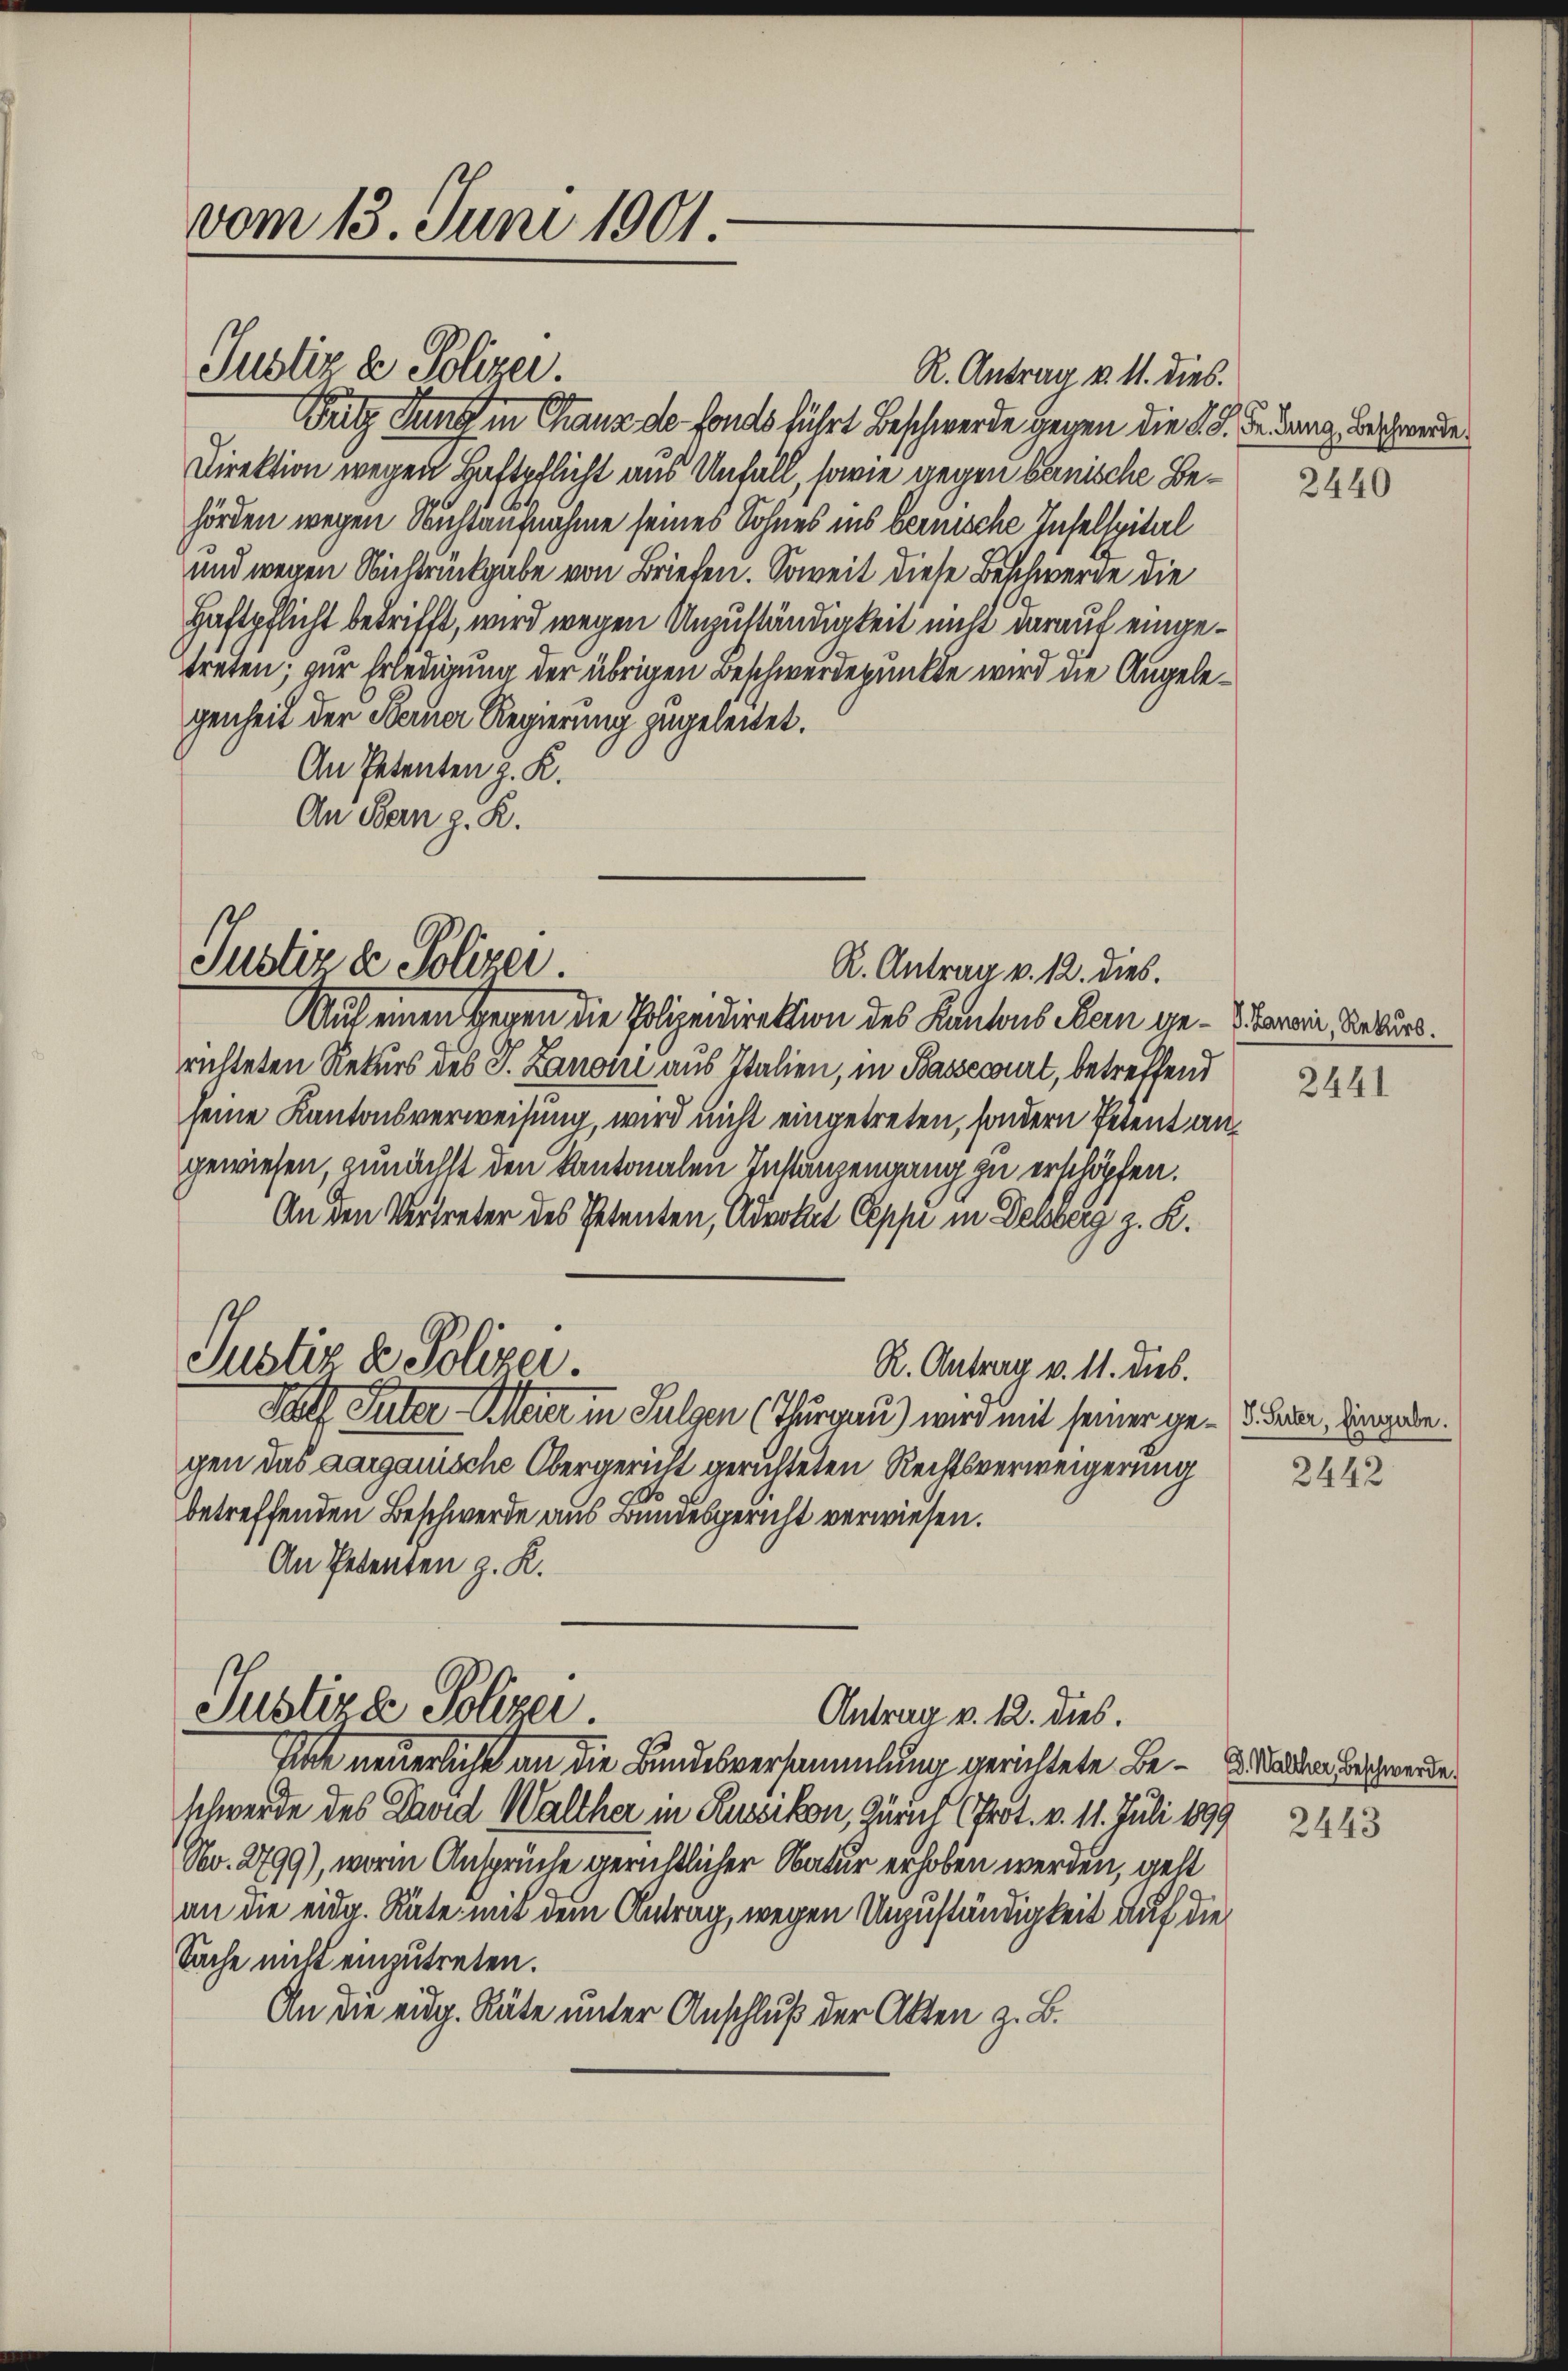
vom 13. Juni 1901.

Justiz & Polizei.

Putz Jung in Chaux de fonds führt Beschwerde gegen die K. G. de lang Beschwerde
Direktion wegen Haftpflicht aus Unfall, sowie gegen benische Behörden wegen Nichtaufnahme seines Sohnes ins bernische Inselspital
und wegen Nichrückgabe von Briefen. Soweit diese Beschwerde die
Haftpflicht betrifft, wird wegen Unzuständigkeit nicht darauf einge¬
Treten; zur Erledigung der übrigen Beschwerdepunkte wird die Angelegenheit der Ferner Regierung zugeleitet.
An Petenten z. K.
An Bern z. R.

Justiz & Polizei.

Justiz & Polizei.

R. Antrag v. 12. dies.
Auf einen Gegen die Polizeidirektion des Kantons Mein ge- Saran, Rekurs.
richteten Rekurs des P. Zanone aus Italien, in Bassecourt, betreffend
seine Kantonsverweisung, wird nicht eingetreten, sondern Petent angewiesen zunächst den kantonalen Instanzengang zu erschöpfen.
An den Vertreter des Petenten, Advokat Oeppi in Delsberg z. R.
R. Antrag v. 11. dies.
Polf Suter Meier in Sulgen (Thurgau) wird mit seiner ge- Faden Vergeben.
gen das aargauische Obergericht gerichteten Rechtsverweigerung
betreffenden Beschwerde aus Bundesgericht verwiesen.
An Petenten z. K.
Justiza Polizei.
Antrag v. 12. dies.
Une neuerliche an die Bundesversammlung gerichtete Be-  alten Beschwerde.
schwerde des David Walther in Russikon, Zürich (Prot. v. 11. Juli 1899
No. 2799), worin Ansprüche gerichtlicher Natur erhoben werden, gelt
an die eidg. Räte mit dem Antrag, wegen Unzuständigkeit auf die
Sache nicht einzutreten.
An die eidg. Räte unter Anschluß der Akten z. B.

R. Antrag v. M. dies

2440

2441

2442

2443